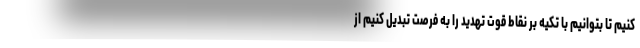
کنیم تا بتوانیم با تکیه بر نقاط قوت تهدید را به فرصت تبدیل کنیم از